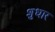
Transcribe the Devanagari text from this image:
शुधार